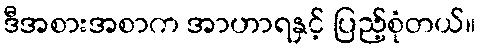
ဒီအစားအစာက အာဟာရနှင့် ပြည့်စုံတယ်။